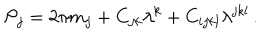
LaTeX: { \cal P } _ { j } = 2 \pi m _ { j } + C _ { j k } \lambda ^ { k } + C _ { i j k l } \lambda ^ { j k l } \, .